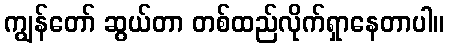
ကျွန်တော် ဆွယ်တာ တစ်ထည်လိုက်ရှာနေတာပါ။